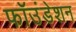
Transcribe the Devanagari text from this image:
फॉउंडेशन